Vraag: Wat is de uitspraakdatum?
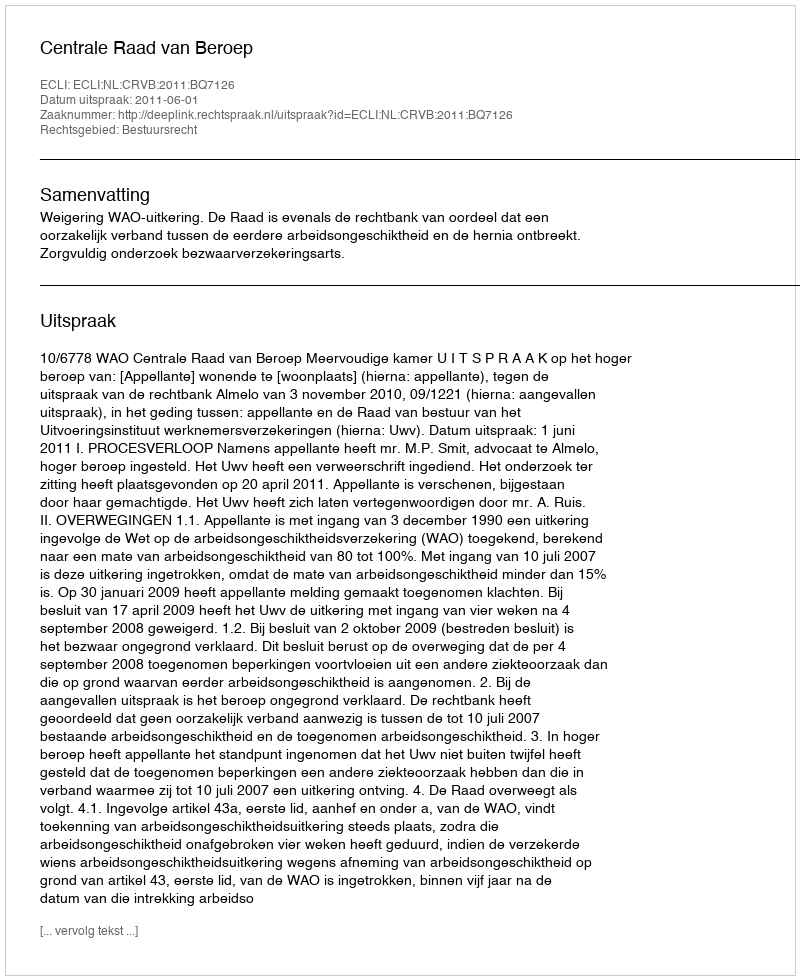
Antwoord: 2011-06-01